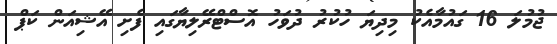
ޖުމުލަ 16 ގައުމާއެކު މިދިޔަ ހުކުރު ދުވަހު އޮސްޓްރޭލިޔާގައި ފެށި އޭޝިއަން ކަޕް